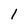
Character: 1